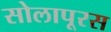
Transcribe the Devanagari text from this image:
सोलापूरस